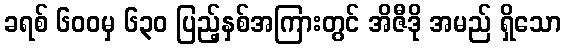
ခရစ် ၆၀၀မှ ၆၃၀ ပြည့်နှစ်အကြားတွင် အိဇီဒို အမည် ရှိသော